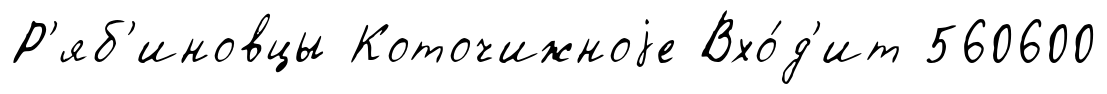
Р'яб'иновцы Коточижноjе Вхо́д'ит 560600